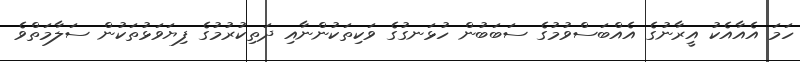
ހަމަ އެއާއެކު އީރާނުގެ އެއްބަސްވުމުގެ ސަބަބުން ހުޅަނގުގެ ވަކިތަކުންނާއި ދަތިކުރުމުގެ ފިޔަވަޅުތަކުން ސަލާމަތްވެ